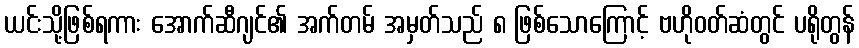
ယင်းသို့ဖြစ်ရကား အောက်ဆီဂျင်၏ အက်တမ် အမှတ်သည် ၈ ဖြစ်သောကြောင့် ဗဟိုဝတ်ဆံတွင် ပရိုတွန်